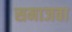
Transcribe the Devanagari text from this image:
समाजवा